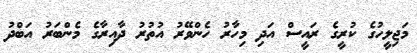
މަޖިލީހުގެ ކުރީގެ ރައީސް އަދި މިހާރު ހެންވޭރު އުތުރު ދާއިރާގެ މެންބަރު އަބްދު